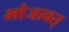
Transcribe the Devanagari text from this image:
भोजावत्